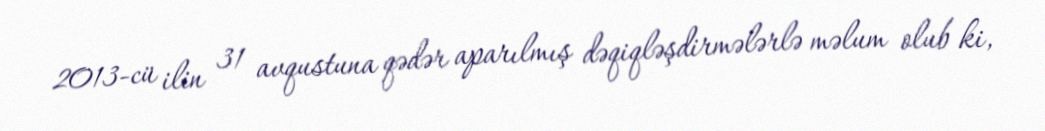
2013-cü ilin 31 avqustuna qədər aparılmış dəqiqləşdirmələrlə məlum olub ki,